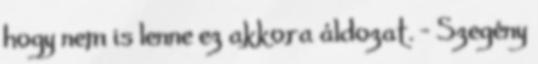
hogy nem is lenne ez akkora áldozat. - Szegény